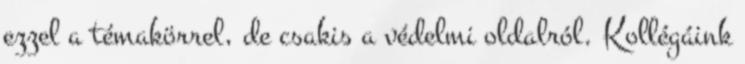
ezzel a témakörrel, de csakis a védelmi oldalról. Kollégáink